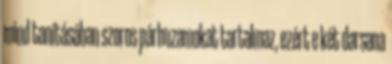
mind tanításában szoros párhuzamokat tartalmaz, ezért e két darsana